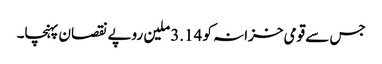
جس سے قومی خزانہ کو 3.14 ملین روپے نقصان پہنچا۔